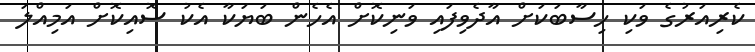
ކެރިއަރުގެ ވަކި ހިސާބަކަށް އާދެވިފައި ވަނިކޮށް އެހެން ބަޔަކާ އެކު ސޮއިކޮށް އަމިއްލަ